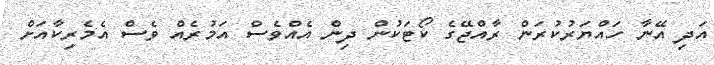
އަދި އޭނާ ހައްޔަރުކުރަން ރާއްޖޭގެ ކޯޓަކުން ދިން އެއްވެސް އަމުރެއް ވެސް އެމެރިކާއަށް